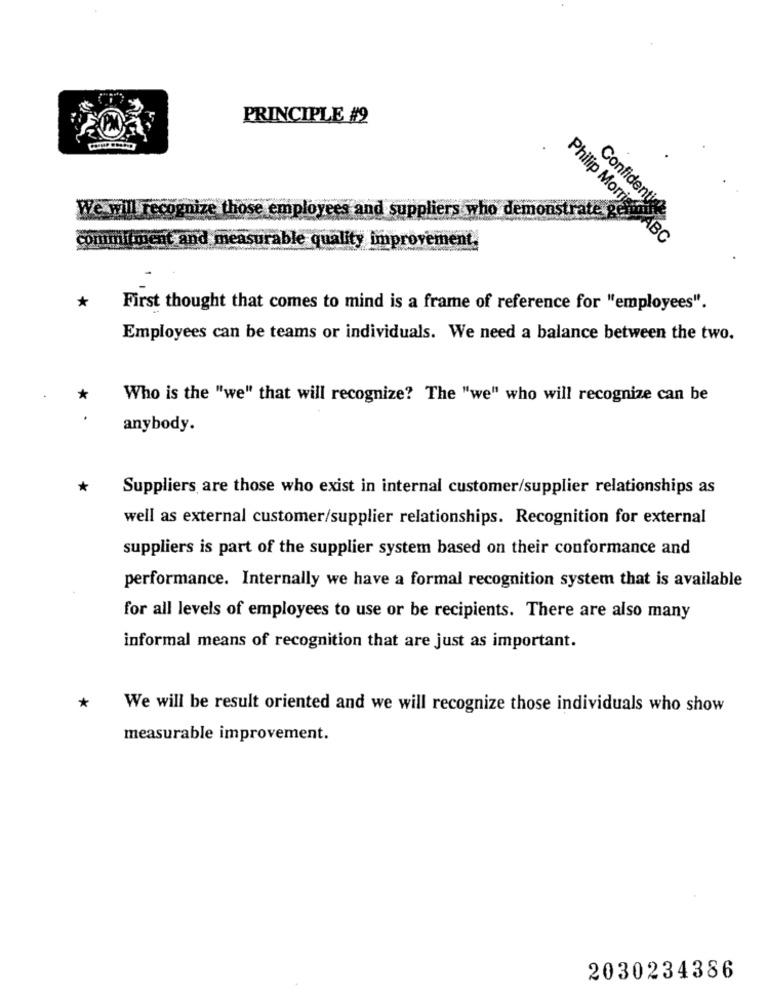
PRINCIPLE #2
We will recognize those employees and suppliers who demonstrate. "
Confidentiel
commitment and measurable quality improvement.
Philip Morris ABC
*
First thought that comes to mind is a frame of reference for "employees".
Employees can be teams or individuals. We need a balance between the two.
*
Who is the "we" that will recognize? The "we" who will recognize can be
anybody.
*
Suppliers are those who exist in internal customer/supplier relationships as
well as external customer/supplier relationships. Recognition for external
suppliers is part of the supplier system based on their conformance and
performance. Internally we have a formal recognition system that is available
for all levels of employees to use or be recipients. There are also many
informal means of recognition that are just as important.
*
We will be result oriented and we will recognize those individuals who show
measurable improvement.
2030234386